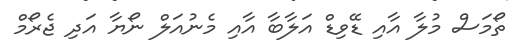
ތޯމަސް މުލާ އާއި ޑޭވިޑް އަލާބާ އާއި މެނުއަލް ނޯޔާ އަދި ޖެރޯމް